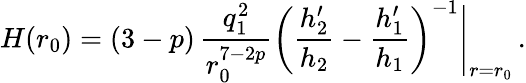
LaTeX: H(r_{0})=(3-p)\, \frac{q_{1}^{2}}{r_{0}^{7-2p}}\left(\frac{h_{2}^{\prime}}{h_{2}}-\frac{h_{1}^{\prime}}{h_{1}}\right)^{-1}\Bigg\vert_{r=r_{0}}\, .